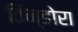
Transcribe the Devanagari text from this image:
तिन्डोरा